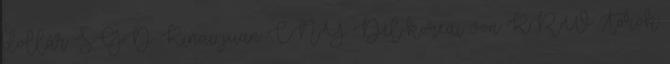
dollár SGD Kínai jüan CNY Dél-koreai von KRW Török